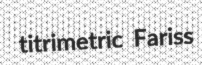
titrimetric Fariss